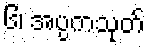
၆၊ အပ္ပကသုတ်